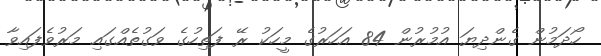
ހޯދަމުން ގެންދިޔަ އުމުރުން 84 އަހަރުގެ މީހަކު ރޭ ފަތިހުގެ ވަގުތެއްގައި މަރުވެފައިވާ